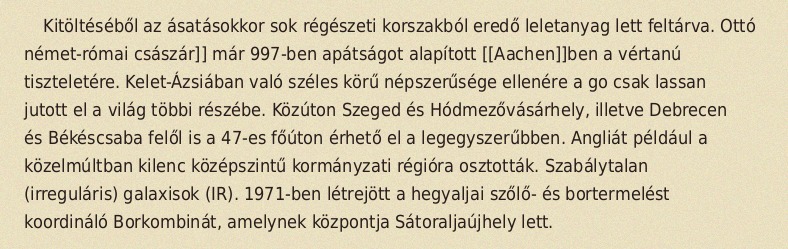
Kitöltéséből az ásatásokkor sok régészeti korszakból eredő leletanyag lett feltárva. Ottó német-római császár]] már 997-ben apátságot alapított [[Aachen]]ben a vértanú tiszteletére. Kelet-Ázsiában való széles körű népszerűsége ellenére a go csak lassan jutott el a világ többi részébe. Közúton Szeged és Hódmezővásárhely, illetve Debrecen és Békéscsaba felől is a 47-es főúton érhető el a legegyszerűbben. Angliát például a közelmúltban kilenc középszintű kormányzati régióra osztották. Szabálytalan (irreguláris) galaxisok (IR). 1971-ben létrejött a hegyaljai szőlő- és bortermelést koordináló Borkombinát, amelynek központja Sátoraljaújhely lett.